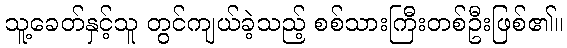
သူ့ခေတ်နှင့်သူ တွင်ကျယ်ခဲ့သည့် စစ်သားကြီးတစ်ဦးဖြစ်၏။